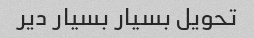
تحویل بسیار بسیار دیر